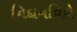
નિદાનવિદો